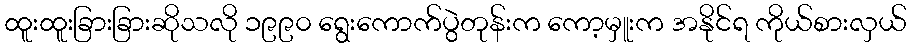
ထူးထူးခြားခြားဆိုသလို ၁၉၉၀ ရွေးကောက်ပွဲတုန်းက ကော့မှူးက အနိုင်ရ ကိုယ်စားလှယ်